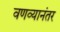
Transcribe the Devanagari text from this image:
वणव्यानंतर